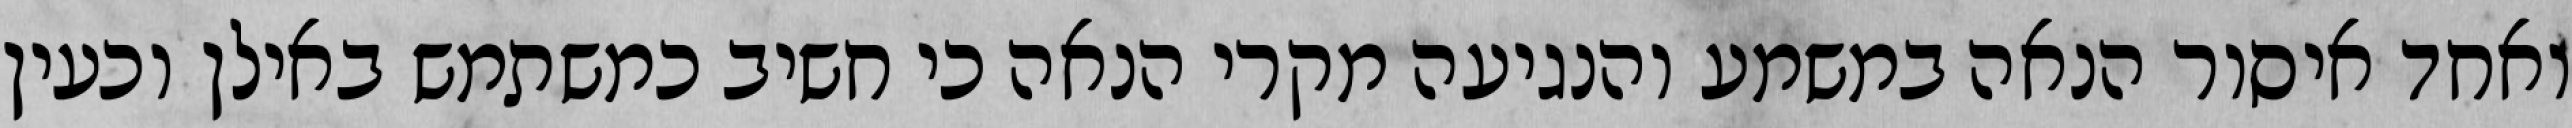
ואחד איסור הנאה במשמע והנגיעה מקרי הנאה כי חשיב כמשתמש באילן וכעין